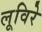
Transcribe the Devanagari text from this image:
लूविरे